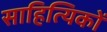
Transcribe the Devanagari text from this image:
साहित्‍यिकों